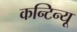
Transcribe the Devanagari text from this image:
कन्टिन्यू